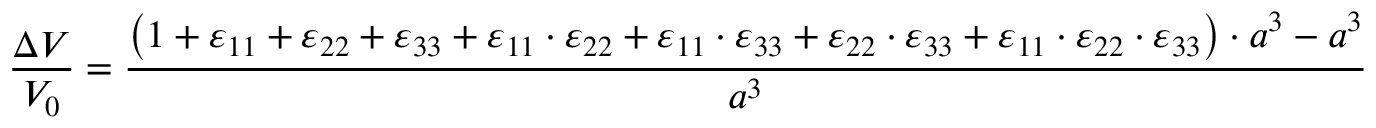
{ \frac { \Delta V } { V _ { 0 } } } = { \frac { \left( 1 + \varepsilon _ { 1 1 } + \varepsilon _ { 2 2 } + \varepsilon _ { 3 3 } + \varepsilon _ { 1 1 } \cdot \varepsilon _ { 2 2 } + \varepsilon _ { 1 1 } \cdot \varepsilon _ { 3 3 } + \varepsilon _ { 2 2 } \cdot \varepsilon _ { 3 3 } + \varepsilon _ { 1 1 } \cdot \varepsilon _ { 2 2 } \cdot \varepsilon _ { 3 3 } \right) \cdot a ^ { 3 } - a ^ { 3 } } { a ^ { 3 } } }